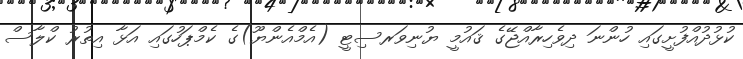
ކުޅުދުއްފުށީގައި ހުންނަ ދިވެހިރާއްޖޭގެ ޤައުމީ ޔުނިވަރސިޓީ (އެމްއެންޔޫ)ގެ ކެމްޕަހުގައި އަޅާ އިތުރު ކްލާސް